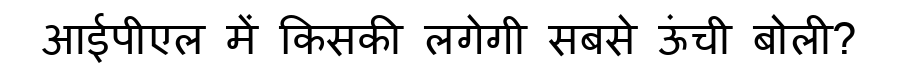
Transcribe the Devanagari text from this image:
आईपीएल में किसकी लगेगी सबसे ऊंची बोली?